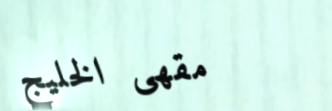
مقهى الخليج